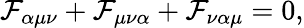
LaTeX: \mathcal{F}_{\alpha\mu\nu}+\mathcal{F}_{\mu\nu\alpha}+\mathcal{F}_{\nu\alpha\mu}=0,